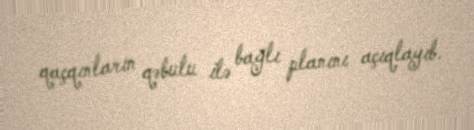
qaçqınların qəbulu ilə bağlı planını açıqlayıb.